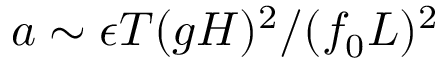
\boldsymbol { a } \sim \epsilon T ( g H ) ^ { 2 } / ( f _ { 0 } L ) ^ { 2 }